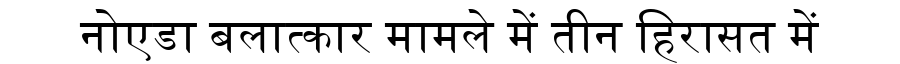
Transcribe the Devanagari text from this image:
नोएडा बलात्कार मामले में तीन हिरासत में